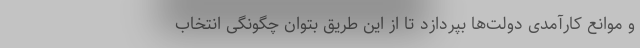
و موانع کارآمدی دولت‌ها بپردازد تا از این طریق بتوان چگونگی انتخاب